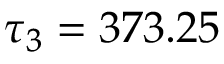
\tau _ { 3 } = 3 7 3 . 2 5